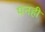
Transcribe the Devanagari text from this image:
पनही